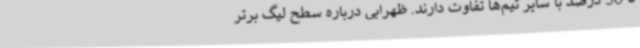
تا 30 درصد با سایر تیم‌ها تفاوت دارند. ظهرابی درباره سطح لیگ برتر